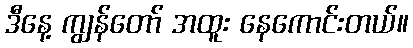
ဒီနေ့ ကျွန်တော် အထူး နေကောင်းတယ်။